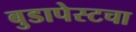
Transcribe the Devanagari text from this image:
बुडापेस्टचा